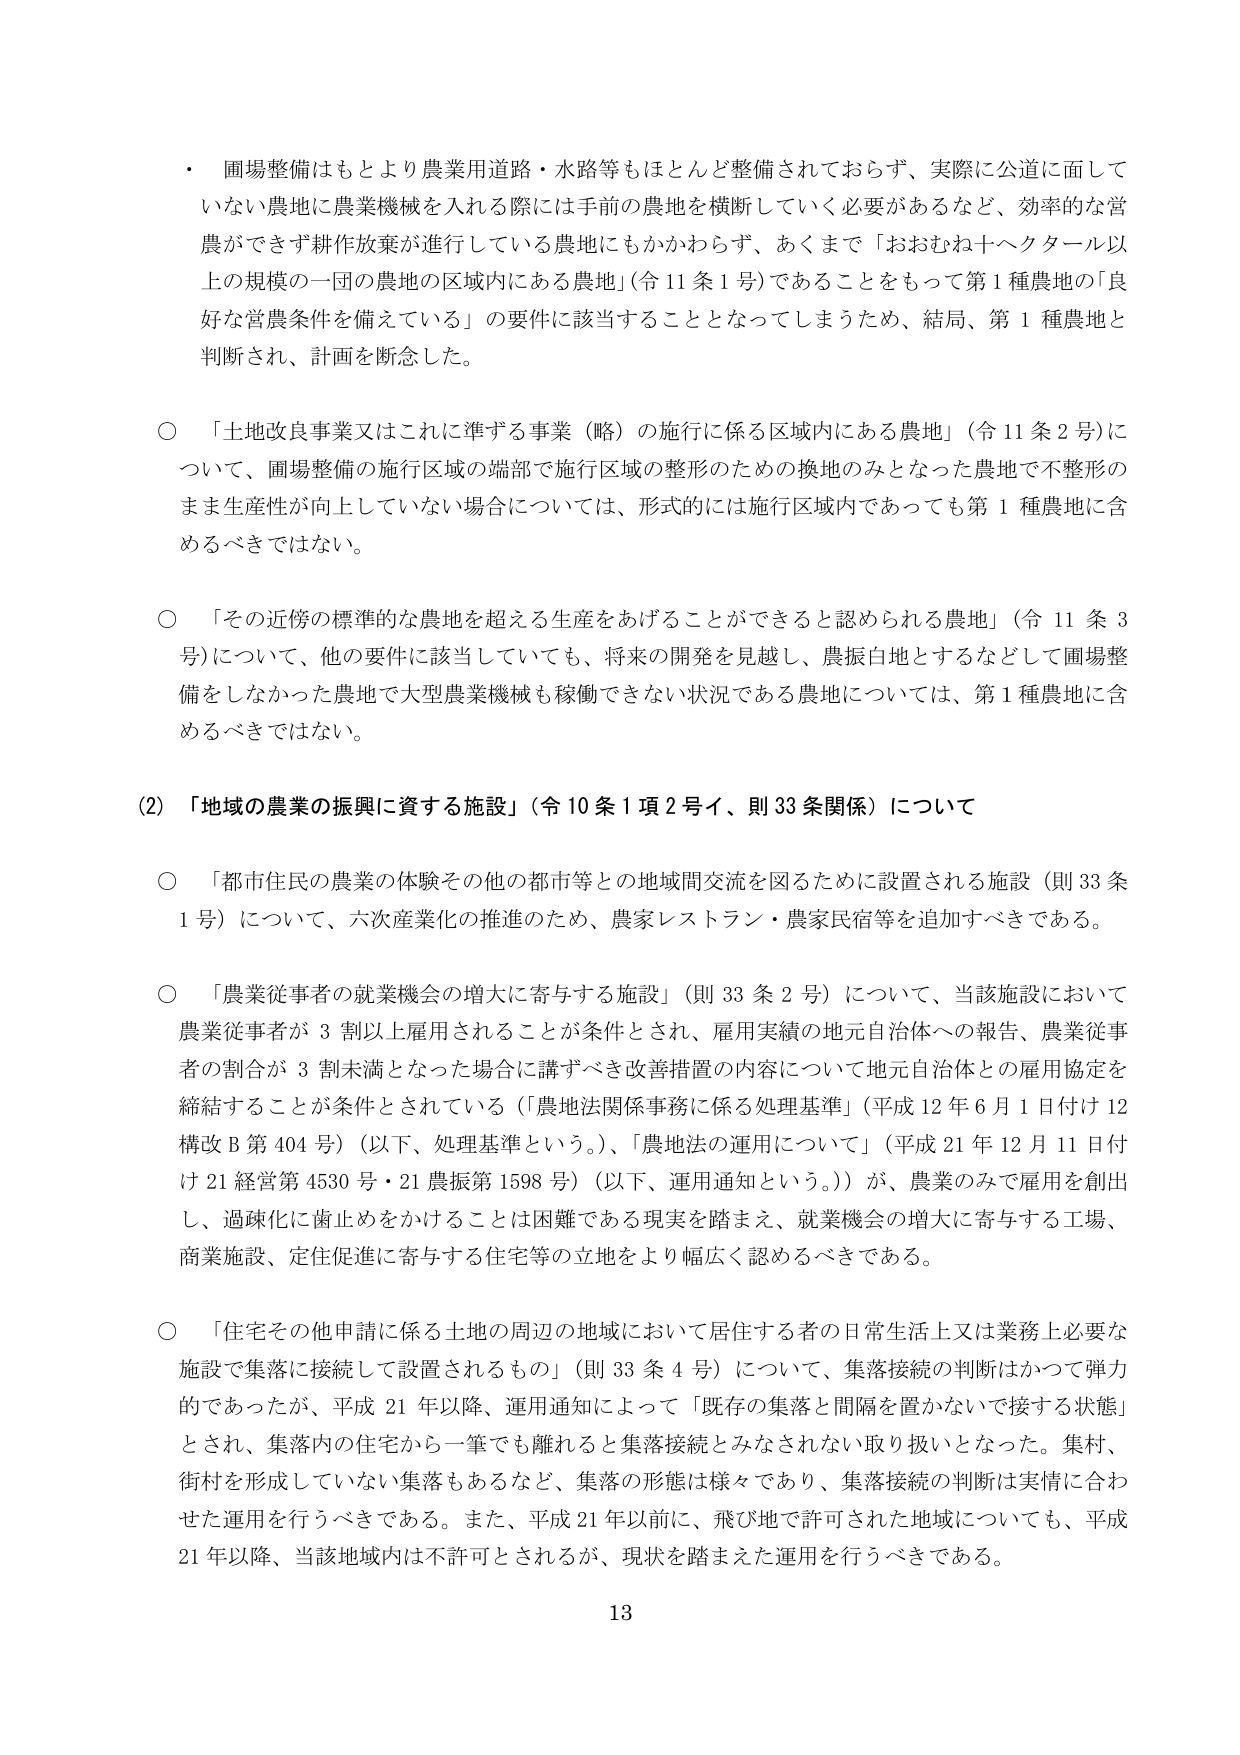
・圃場整備はもとより農業用道路・水路等もほとんど整備されておらず、実際に公道に面していない農地に農業機械を入れる際には手前の農地を横断していく必要があるなど、効率的な営農ができず耕作放棄が進行している農地にもかかわらず、あくまで「おおむね十ヘクタール以上の規模の一団の農地の区域内にある農地」（令11条1号）であることをもって第1種農地の「良好な営農条件を備えている」の要件に該当することとなってしまうため、結局、第1種農地と判断され、計画を断念した。

○「土地改良事業又はこれに準ずる事業（略）の施行に係る区域内にある農地」（令11条2号）について、圃場整備の施行区域の端部で施行区域の整形のための換地のみとなった農地で不整形のまま生産性が向上していない場合については、形式的には施行区域内であっても第1種農地に含めるべきではない。

○「その近傍の標準的な農地を超える生産をあげることができると認められる農地」（令11条3号）について、他の要件に該当していても、将来の開発を見越し、農振白地とするなどして圃場整備をしなかった農地で大型農業機械も稼働できない状況である農地については、第1種農地に含めるべきではない。

(2)「地域の農業の振興に資する施設」（令10条1項2号イ、則33条関係）について

○「都市住民の農業の体験その他の都市等との地域間交流を図るために設置される施設（則33条1号）について、六次産業化の推進のため、農家レストラン・農家民宿等を追加すべきである。

○「農業従事者の就業機会の増大に寄与する施設」（則33条2号）について、当該施設において農業従事者が3割以上雇用されることが条件とされ、雇用実績の地元自治体への報告、農業従事者の割合が3割未満となった場合に講ずべき改善措置の内容について地元自治体との雇用協定を締結することが条件とされている（「農地法関係事務に係る処理基準」（平成12年6月1日付け12構改B第404号）（以下、処理基準という。）、「農地法の運用について」（平成21年12月11日付け21経営第4530号・21農振第1598号）（以下、運用通知という。））が、農業のみで雇用を創出し、過疎化に歯止めをかけることは困難である現実を踏まえ、就業機会の増大に寄与する工場、商業施設、定住促進に寄与する住宅等の立地をより幅広く認めるべきである。

○「住宅その他申請に係る土地の周辺の地域において居住する者の日常生活上又は業務上必要な施設で集落に接続して設置されるもの」（則33条4号）について、集落接続の判断はかつて弾力的であったが、平成21年以降、運用通知によって「既存の集落と間隔を置かないで接する状態」とされ、集落内の住宅から一筆でも離れると集落接続とみなされない取り扱いとなった。集村、街村を形成していない集落もあるなど、集落の形態は様々であり、集落接続の判断は実情に合わせた運用を行うべきである。また、平成21年以前に、飛び地で許可された地域についても、平成21年以降、当該地域内は不許可とされるが、現状を踏まえた運用を行うべきである。

13